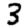
Digit: 3